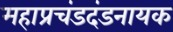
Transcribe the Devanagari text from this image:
महाप्रचंडदंडनायक